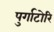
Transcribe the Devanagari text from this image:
पुर्गाटोरि